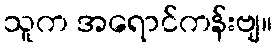
သူက အရောင်ကန်းဗျ။